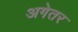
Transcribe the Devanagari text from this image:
अगेतर